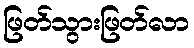
ဖြတ်သွားဖြတ်လာ